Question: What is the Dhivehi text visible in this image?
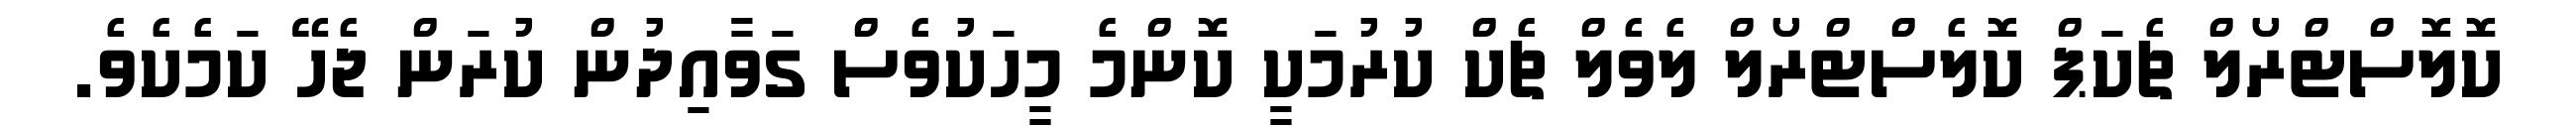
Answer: ކޮލޮސްޓްރޯލް ޗެކަޕް ކޮލެސްޓްރޯލް ލެވެލް ޗެކް ކުރުމަކީ ކޮންމެ މީހަކުވެސް ގަވާއިދުން ކުރަން ޖެހޭ ކަމެކެވެ.